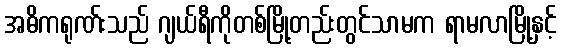
အဓိကရုဏ်းသည် ဂျယ်ရီကိုတစ်မြို့တည်းတွင်သာမက ရာမလာမြို့နှင့်